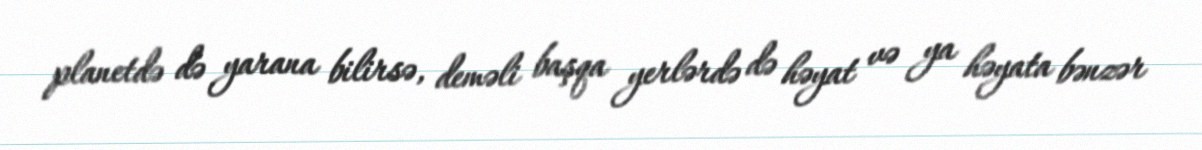
planetdə də yarana bilirsə, deməli başqa yerlərdə də həyat və ya həyata bənzər